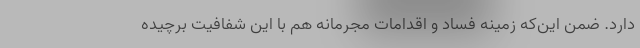
دارد. ضمن این‌که زمینه فساد و اقدامات مجرمانه هم با این شفافیت برچیده